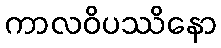
ကာလဝိပဿိနော